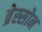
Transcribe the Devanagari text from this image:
ब्रेस्सोन